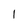
Character: 1